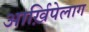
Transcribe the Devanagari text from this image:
आर्ख़िपेलाग